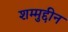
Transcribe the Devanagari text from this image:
शम्मुद्दीन